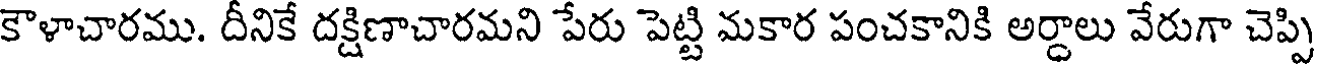
కౌళాచారము. దీనికే దక్షిణాచారమని పేరు పెట్టి మకార పంచకానికి అర్దాలు వేరుగా చెప్పి